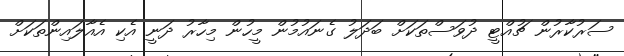
ސަރުކާރުން ޗުއްޓީ ދުވަސްތަކަށް ބަދަލު ގެނައުމުން މީހުން މިހާރު ދަނީ އެކި އެއާލައިންތަކަށް